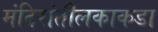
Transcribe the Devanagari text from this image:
मंदिरांतीलकाकडा